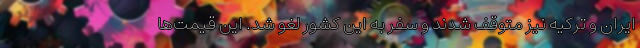
ایران و ترکیه نیز متوقف شدند و سفر به این کشور لغو شد. این قیمت‌ها